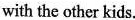
with the other kids.